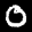
Label: 0